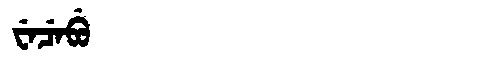
Manchu: ᠸᡝᠴᡝᠪᡠ
Romanization: WECEBU